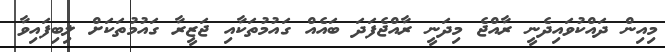
މިއިން ދައްކުވައިދެނީ ރާއްޖެ މިދަނީ ރާއްޖެފަދަ ބައެއް ގައުމުތަކާއި ޖަޒީރާ ގައުމުތަކަށް ލިބިފައިވާ